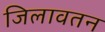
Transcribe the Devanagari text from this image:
जिलावतन